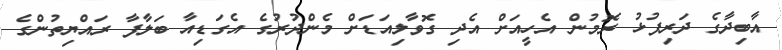
އާބިދާގެ ދަރިފުޅު ރޮމުން އެހީއަށް އެދި ގޮވާލިއަޑަށް މެންދުރުގެ އެގަޑިއާ ބަލާފާ ރައްޔިތުންގެ